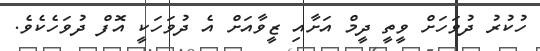
ހުކުރު ދުވަހަށް ވީތީ ދީމް އަށާއި ޒީވާއަށް އެ ދުވަހަކީ އޮފް ދުވަހެކެވެ.